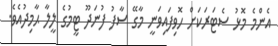
އެންމެ މޮޅު ސެޓަރަކަށް ހޮވިފައިވަނީ މާގޭ ސާފު ފުނަދޫ ޓީމުގެ ލީލާ ޙާމިދުއެވެ.